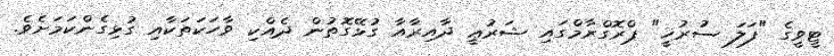
ޓީވީގެ "ފަލަ ސުރުޚީ" ޕްރޮގްރާމްގައި ޝަރުޢީ ދާއިރާއާ ގުޅޭގޮތުން ދެެއްކި ވާހަކަަތަކާއި ގުޅިގެންކަމަށެވެ.